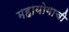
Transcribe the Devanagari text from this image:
महायोगाची